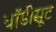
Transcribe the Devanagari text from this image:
बॉडीसूट